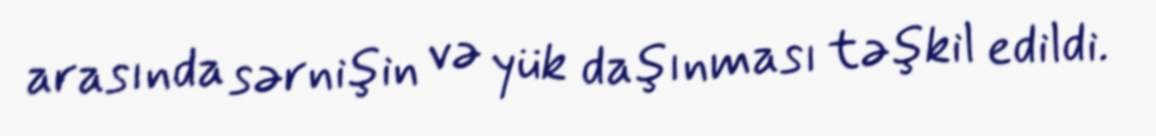
arasında sərnişin və yük daşınması təşkil edildi.